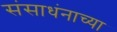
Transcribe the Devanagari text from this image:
संसाधंनाच्या